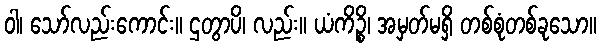
ဝါ၊ သော်လည်းကောင်း။ ဌတွာပိ၊ လည်း။ ယံကိဉ္စိ၊ အမှတ်မရှိ တစ်စုံတစ်ခုသော။